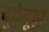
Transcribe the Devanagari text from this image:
बूदेबूझ